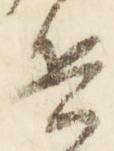
兵